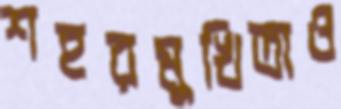
শহরমুখিতাও